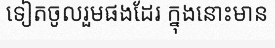
ទៀតចូលរួមផងដែរ ក្នុងនោះមាន